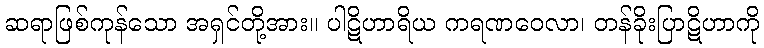
ဆရာဖြစ်ကုန်သော အရှင်တို့အား။ ပါဋိဟာရိယ ကရဏဝေလာ၊ တန်ခိုးပြာဋိဟာကို